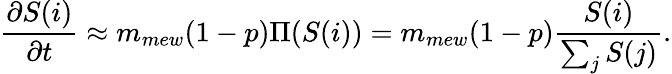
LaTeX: \frac{\partial S(i)}{\partial t}\approx m_{mew}(1-p)\Pi(S(i))=m_{mew}(1-p)\frac{S(i)}{\sum_{j}{S(j)}}.